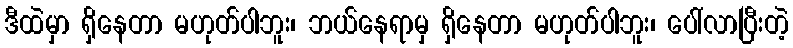
ဒီထဲမှာ ရှိနေတာ မဟုတ်ပါဘူး၊ ဘယ်နေရာမှ ရှိနေတာ မဟုတ်ပါဘူး၊ ပေါ်လာပြီးတဲ့